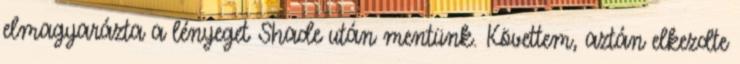
elmagyarázta a lényeget Shade után mentünk. Követtem, aztán elkezdte